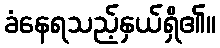
ခံနေရသည့်နှယ်ရှိ၏။